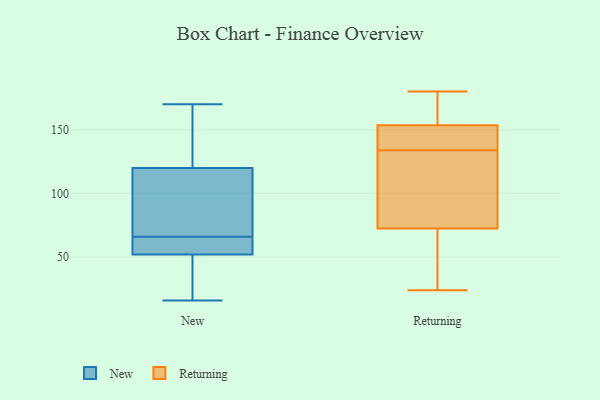
{"axis": {"x": "Revenue (USD Million)", "y": "Value"}, "legend": ["New", "Returning"], "data": [{"x": "", "y": 101, "type": "New"}, {"x": "", "y": 170, "type": "New"}, {"x": "", "y": 125, "type": "New"}, {"x": "", "y": 58, "type": "New"}, {"x": "", "y": 16, "type": "New"}, {"x": "", "y": 74, "type": "New"}, {"x": "", "y": 37, "type": "New"}, {"x": "", "y": 120, "type": "New"}, {"x": "", "y": 134, "type": "New"}, {"x": "", "y": 43, "type": "New"}, {"x": "", "y": 52, "type": "New"}, {"x": "", "y": 116, "type": "New"}, {"x": "", "y": 52, "type": "New"}, {"x": "", "y": 56, "type": "New"}, {"x": "", "y": 151, "type": "Returning"}, {"x": "", "y": 166, "type": "Returning"}, {"x": "", "y": 156, "type": "Returning"}, {"x": "", "y": 130, "type": "Returning"}, {"x": "", "y": 69, "type": "Returning"}, {"x": "", "y": 49, "type": "Returning"}, {"x": "", "y": 180, "type": "Returning"}, {"x": "", "y": 148, "type": "Returning"}, {"x": "", "y": 138, "type": "Returning"}, {"x": "", "y": 76, "type": "Returning"}, {"x": "", "y": 77, "type": "Returning"}, {"x": "", "y": 24, "type": "Returning"}]}